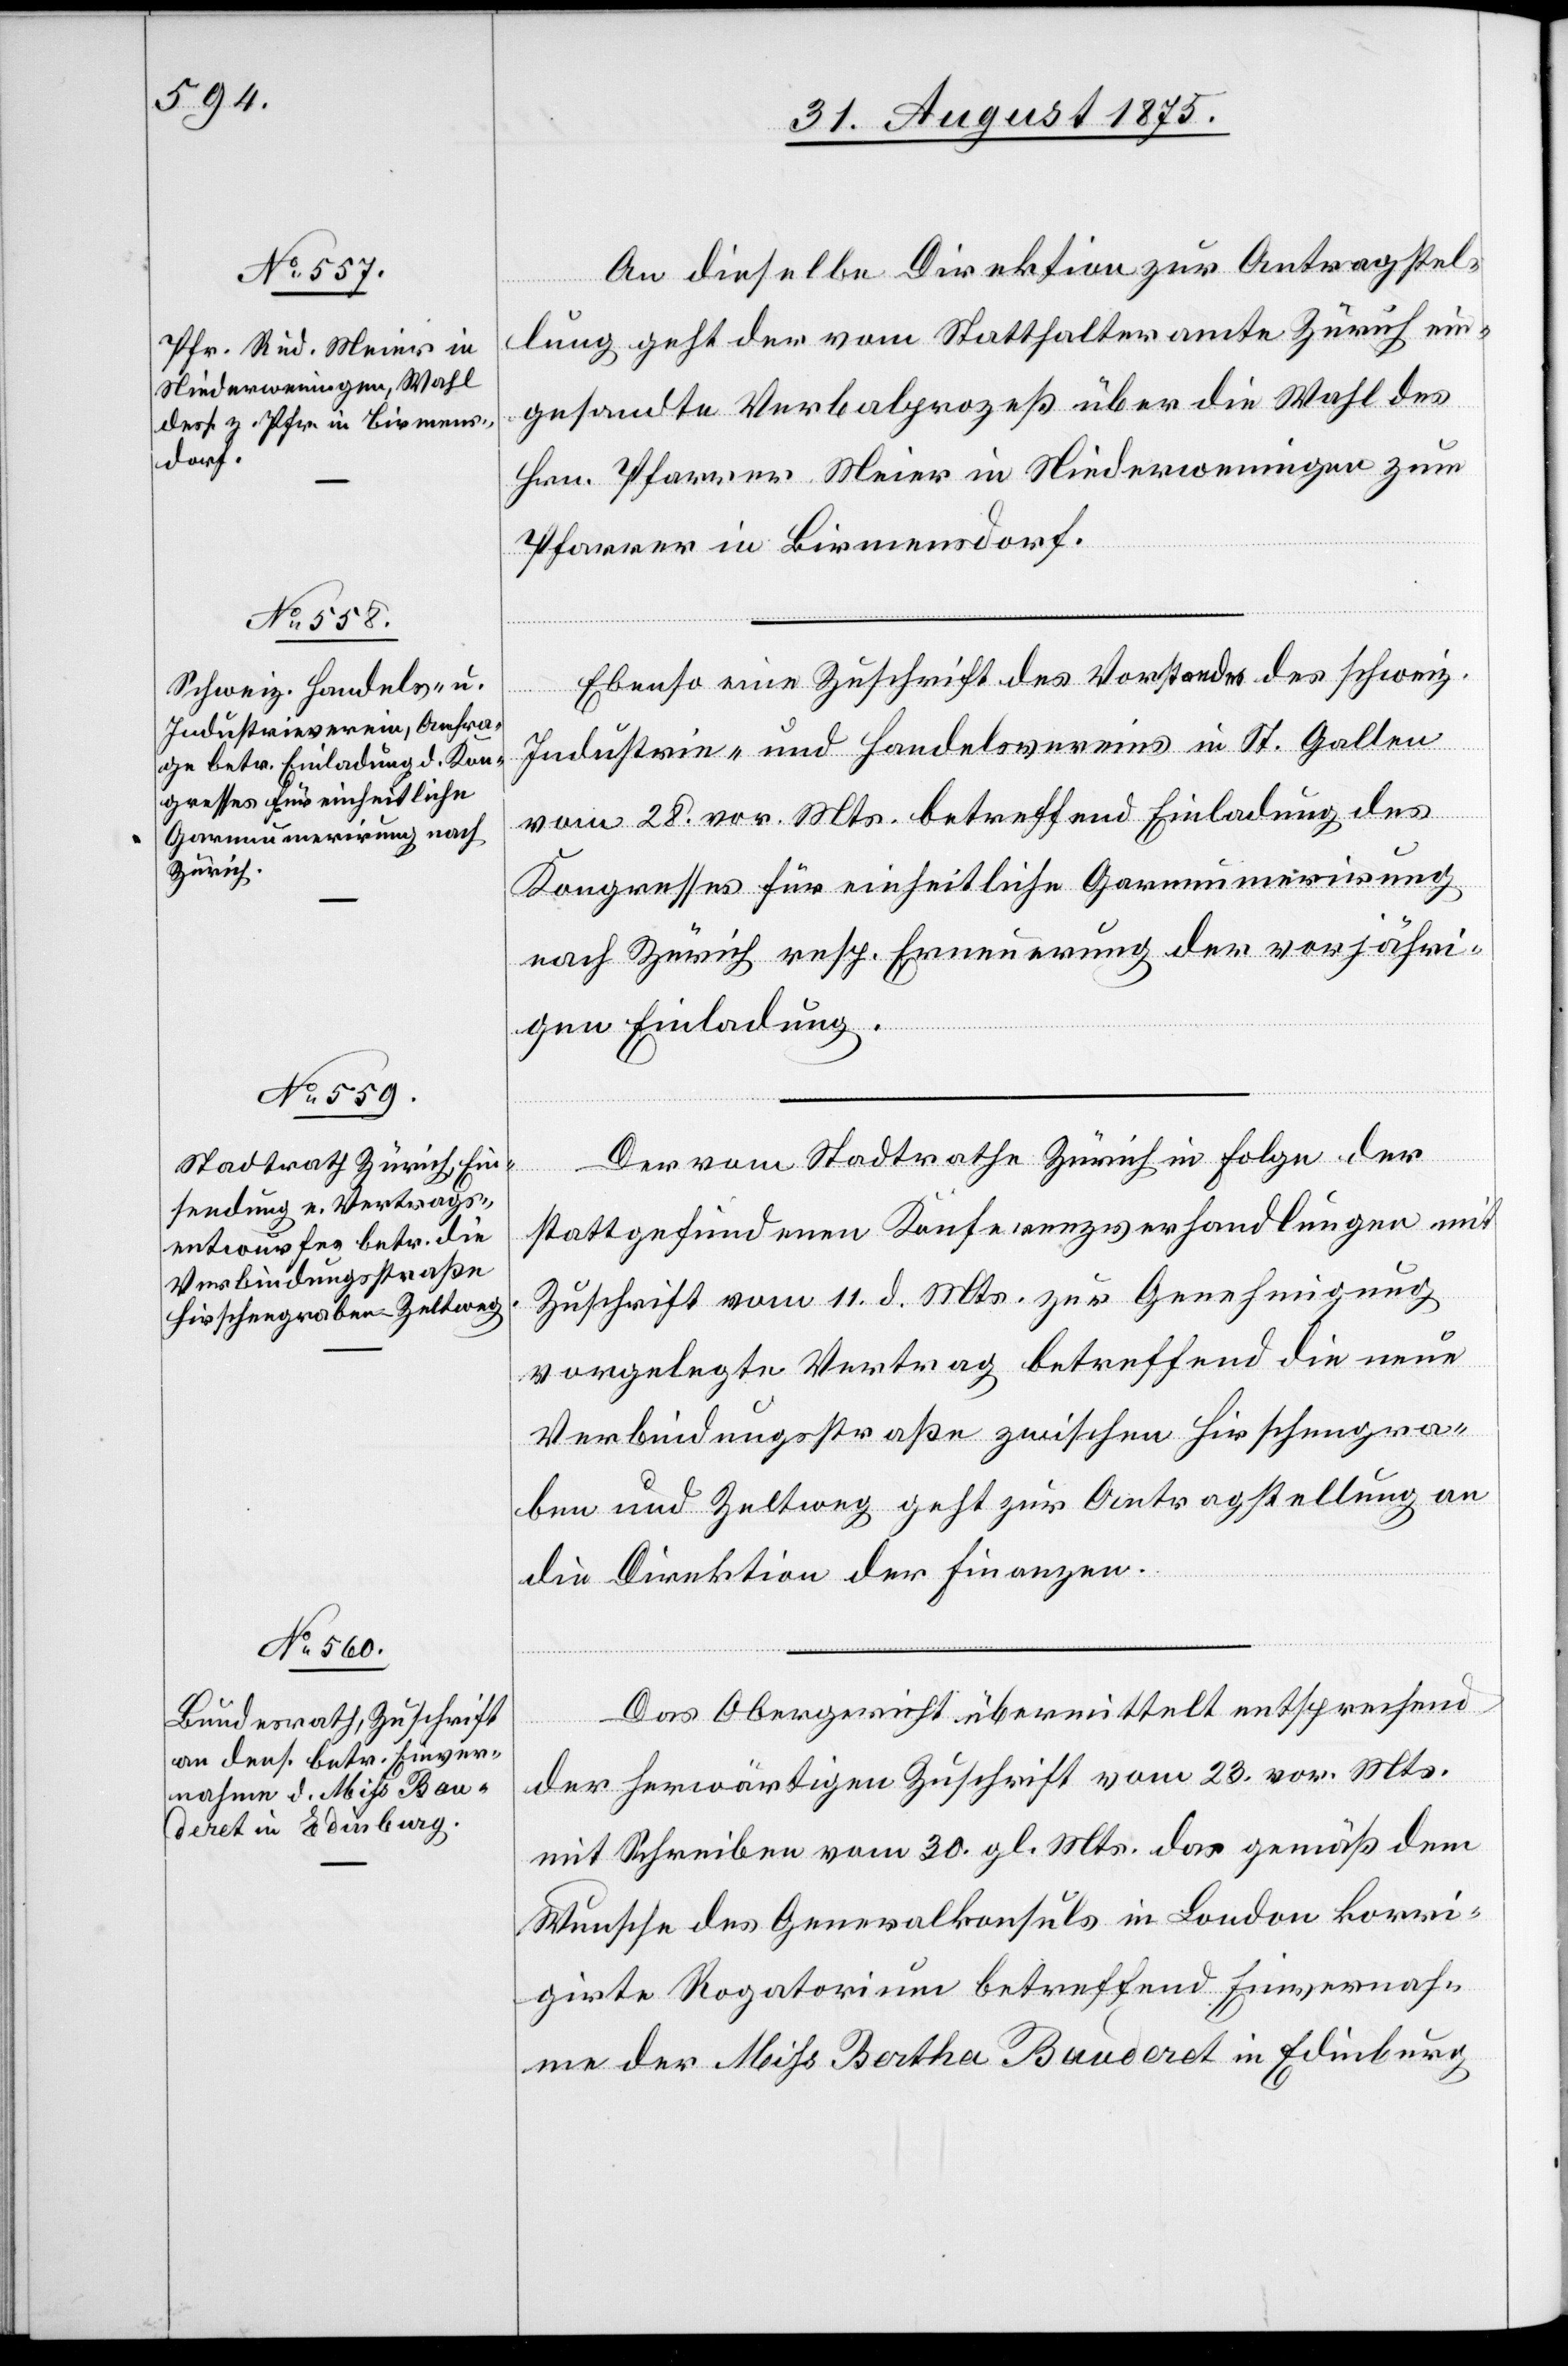
An dieselbe Direktion zur Antragstel¬
lung geht der vom Statthalteramte Zürich ein¬
gesandte Verbalprozess über die Wahl des
Hrn. Pfarrer Meier in Niederweningen zum
Pfarrer in Birmensdorf.
Ebenso eine Zuschrift des Vorstandes des schweiz.
Industrie- und Handelsvereins in St. Gallen
vom 28. vor. Mts. betreffend Einladung des
Kongresses für einheitliche Garnnumerirung
nach Zürich resp. Erneuerung der vorjähri¬
gen Einladung.
ember
Der vom Stadtrathe Zürich in Folge der
stattgefundenen Konferenzverhandlungen mit
Zuschrift vom 11. d. Mts. zur Genehmigung
vorgelegte Vertrag betreffend die neue
Verbindungsstraße zwischen Hischengra¬
ben und Zeltweg geht zur Antragstellung an
die Direktion der Finanzen.
Das Obergericht übermittelt entsprechend
der herwärtigen Zuschrift vom 23. vor. Mts.
mit Schreiben vom 30. gl. Mts. das gemäß dem
Wunsche des Generalkonsuls in London korri¬
girte Regatorium betreffend Einvernah¬
me der Miß Bertha Bauderet in Edinburg